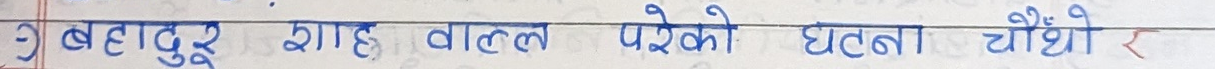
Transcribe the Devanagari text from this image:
- बहादुर शाह वाल्ल परेको घटना चौंथो र